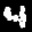
Label: 4